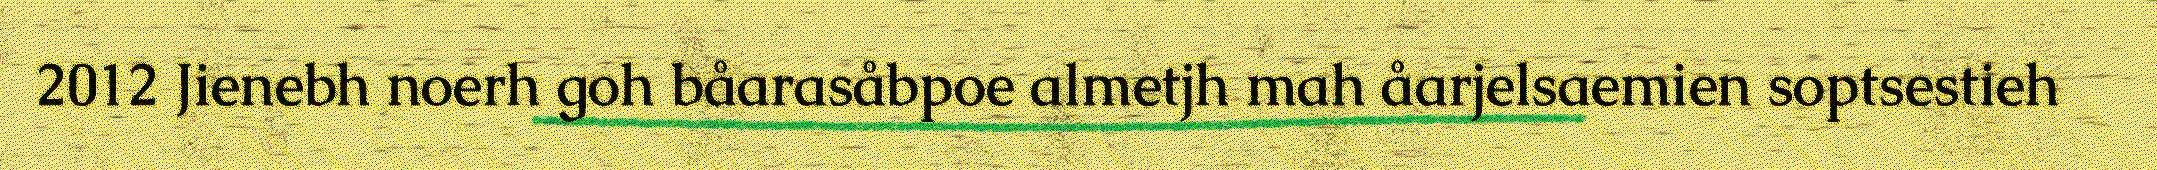
2012 Jienebh noerh goh båarasåbpoe almetjh mah åarjelsaemien soptsestieh